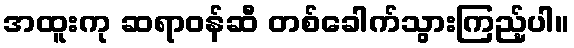
အထူးကု ဆရာဝန်ဆီ တစ်ခေါက်သွားကြည့်ပါ။